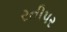
રતીપર